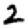
Digit: 2